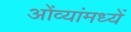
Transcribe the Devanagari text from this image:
ओंव्यांमध्यें